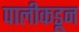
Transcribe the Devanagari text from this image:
पालीकडून